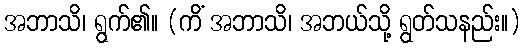
အဘာသိ၊ ရွက်၏။ (ကိံ အဘာသိ၊ အဘယ်သို့ ရွတ်သနည်း။)